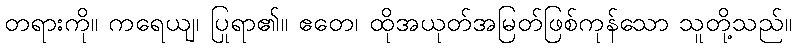
တရားကို။ ကရေယျ၊ ပြုရာ၏။ ဧတေ၊ ထိုအယုတ်အမြတ်ဖြစ်ကုန်သော သူတို့သည်။